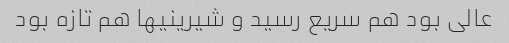
عالی بود هم سریع رسید و شیرینیها هم تازه بود